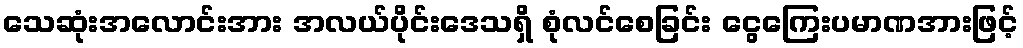
သေဆုံးအလောင်းအား အလယ်ပိုင်းဒေသရှိ စုံလင်စေခြင်း ငွေကြေးပမာဏအားဖြင့်